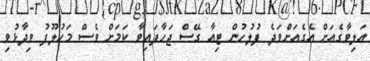
އަލިވާގެއަށް އެގެއަށްވަދެ ފުލުހުން ޓިއާ ގޭސް ޖަހާފައިވާ ކަމަށް ވެސް މަހުލޫފު ވިދާޅުވި